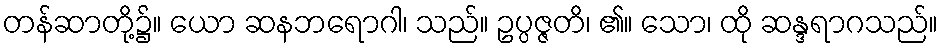
တန်ဆာတို့၌။ ယော ဆနဘရောဂါ၊ သည်။ ဥပ္ပဇ္ဇတိ၊ ၏။ သော၊ ထို ဆန္ဒရာဂသည်။